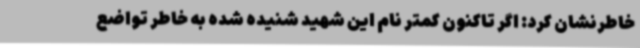
خاطرنشان کرد: اگر تاکنون کمتر نام این شهید شنیده شده به خاطر تواضع